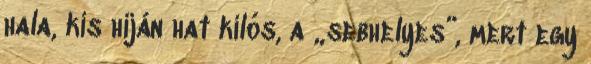
hala, kis híján hat kilós, a „sebhelyes”, mert egy